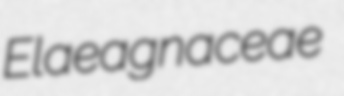
Elaeagnaceae